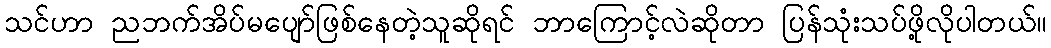
သင်ဟာ ညဘက်အိပ်မပျော်ဖြစ်နေတဲ့သူဆိုရင် ဘာကြောင့်လဲဆိုတာ ပြန်သုံးသပ်ဖို့လိုပါတယ်။